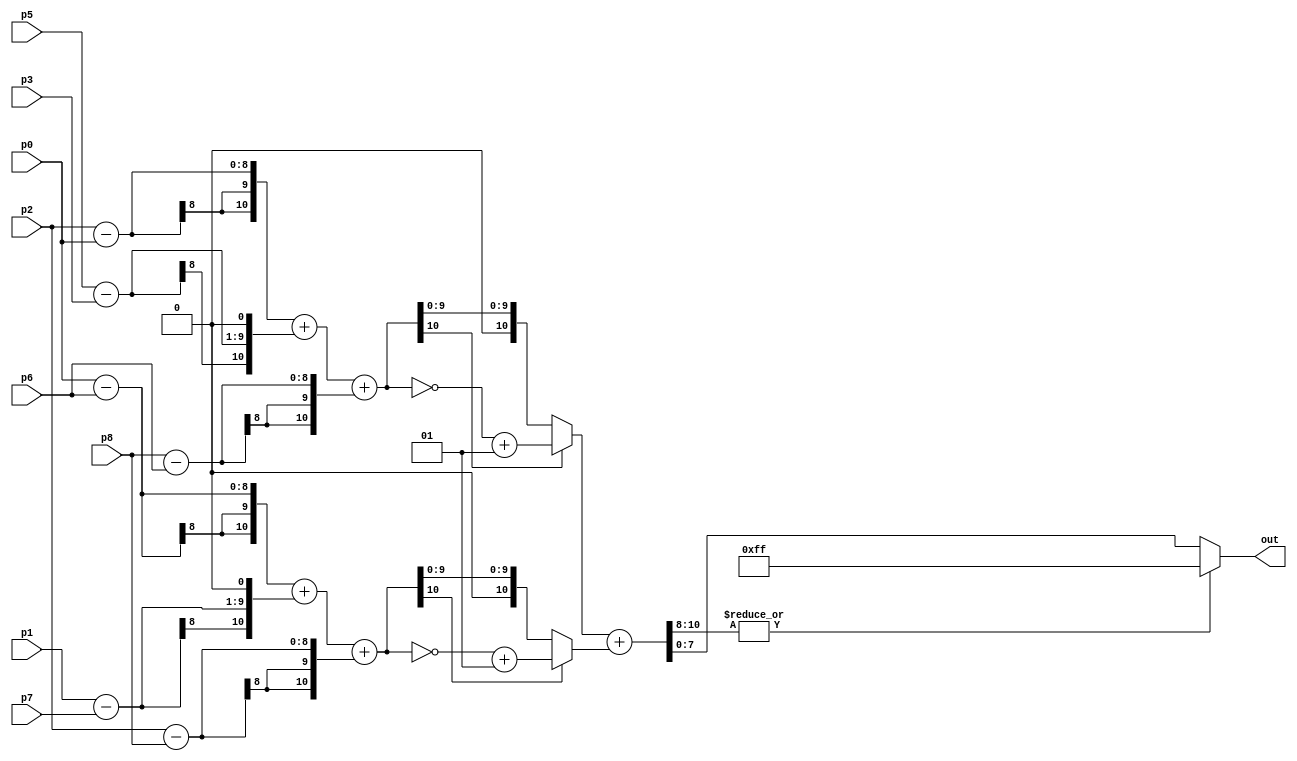
module core_sobel ( p0, p1, p2, p3, p5, p6, p7, p8, out);

input  [7:0] p0,p1,p2,p3,p5,p6,p7,p8;	// 8 bit pixels inputs
output [7:0] out;					// 8 bit output pixel

wire signed [10:0] gx,gy;    //11 bits because max value of gx and gy is 
//255*4 and last bit for sign					
wire signed [10:0] abs_gx,abs_gy;	//it is used to find the absolute value of gx and gy
wire [10:0] sum;			//the max value is 255*8. here no sign bit needed.

assign gx=((p2-p0)+((p5-p3)<<1)+(p8-p6));//sobel mask for gradient in horiz. direction
assign gy=((p0-p6)+((p1-p7)<<1)+(p2-p8));//sobel mask for gradient in vertical direction

assign abs_gx = (gx[10]? ~gx+1 : gx);	// to find the absolute value of gx.
assign abs_gy = (gy[10]? ~gy+1 : gy);	// to find the absolute value of gy. / bitwise negation +1 is 2's comp. of value.

assign sum = (abs_gx+abs_gy);				// finding the sum
assign out = (|sum[10:8])?8'hff : sum[7:0];	// to limit the max value to 255 / sum[10]|sum[9]|sum[8]=1 then out=255 else: sum[7:0]

endmodule